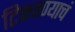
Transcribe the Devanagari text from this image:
टिकवण्याचं